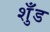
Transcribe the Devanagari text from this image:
शुँड